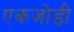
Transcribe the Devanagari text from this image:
एकजोड़ी